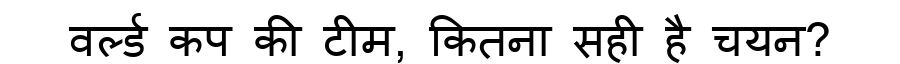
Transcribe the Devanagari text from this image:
वर्ल्ड कप की टीम, कितना सही है चयन?